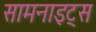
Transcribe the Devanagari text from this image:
सामनाइट्स